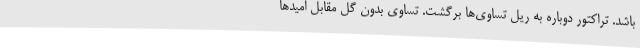
باشد. تراکتور دوباره به ریل تساوی‌ها برگشت. تساوی بدون گل مقابل امیدها